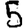
Digit: 5